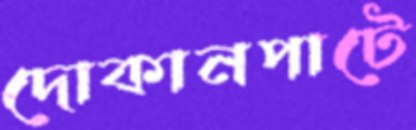
দোকানপাটে